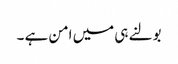
بولنے ہی میں امن ہے ۔